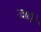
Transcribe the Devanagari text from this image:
उन्नहोंने